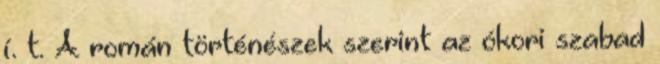
í. t. A román történészek szerint az ókori szabad